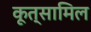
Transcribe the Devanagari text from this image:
कूत्सामिल